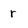
Character: r